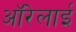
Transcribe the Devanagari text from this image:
ऑरेलाई